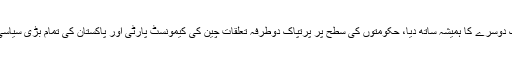
صدر نے کہا کہ پاکستان اور چین کے عوام نے ہر اچھے برے حالات میں ایک دوسرے کا ہمیشہ ساتھ دیا، حکومتوں کی سطح پر پرتپاک دوطرفہ تعلقات چین کی کیمونسٹ پارٹی اور پاکستان کی تمام بڑی سیاسی جماعتوں کے درمیان خوشگوار تعلقات اور تعاون کی سطح محیط ہو گئے ہیں۔